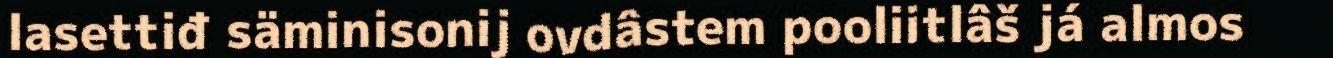
lasettiđ säminisonij ovdâstem pooliitlâš já almos